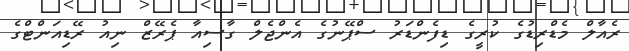
ރެއާލް މެޑްރިޑުގެ ކުރީގެ ޑިފެންޑަރު ސްޕޭނުގެ އެންޖެލް ގާސިއާ ޕެރޭޒް ނިއު ރޭޑިއަންޓްގެ